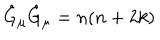
\hat { G } _ { \mu } \hat { G } _ { \mu } = n ( n + 2 k )